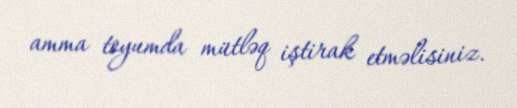
amma toyumda mütləq iştirak etməlisiniz.